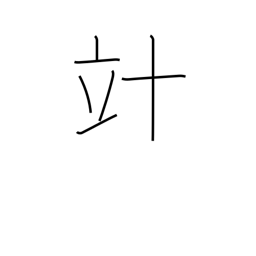
Meaning: decalitre